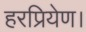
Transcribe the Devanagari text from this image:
हरप्रियेण।